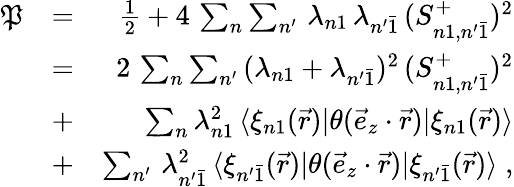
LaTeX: \begin{array}{rlr}{\mathfrak{P}}&{=}&{\frac{1}{2}+4\, \sum_{n}\sum_{n^{\prime}}\, \lambda_{n1}\, \lambda_{n^{\prime}\bar{1}}\, (S_{n1,n^{\prime}\bar{1}}^{+})^{2}}\\ &{=}&{2\, \sum_{n}\sum_{n^{\prime}}\, (\lambda_{n1}+\lambda_{n^{\prime}\bar{1}})^{2}\, (S_{n1,n^{\prime}\bar{1}}^{+})^{2}}\\ &{+}&{\sum_{n}\lambda_{n1}^{2}\, \langle\xi_{n1}(\vec{r})|\theta(\vec{e}_{z}\cdot\vec{r})|\xi_{n1}(\vec{r})\rangle}\\ &{+}&{\sum_{n^{\prime}}\, \lambda_{n^{\prime}\bar{1}}^{2}\, \langle\xi_{n^{\prime}\bar{1}}(\vec{r})|\theta(\vec{e}_{z}\cdot\vec{r})|\xi_{n^{\prime}\bar{1}}(\vec{r})\rangle\; ,}\end{array}